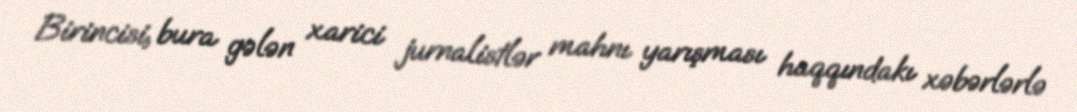
Birincisi, bura gələn xarici jurnalistlər mahnı yarışması haqqındakı xəbərlərlə